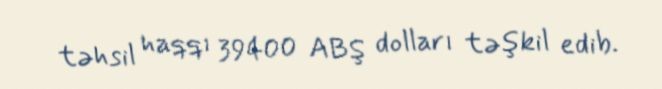
təhsil haqqı 39400 ABŞ dolları təşkil edib.